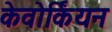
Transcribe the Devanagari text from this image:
केवोर्कियन